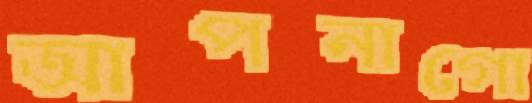
আপনাগো